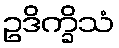
ဥဒိက္ခိသံ